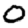
Digit: 0